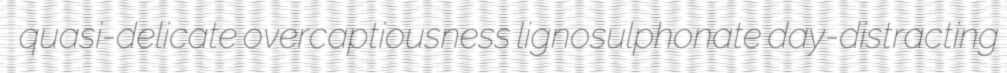
quasi-delicate overcaptiousness lignosulphonate day-distracting